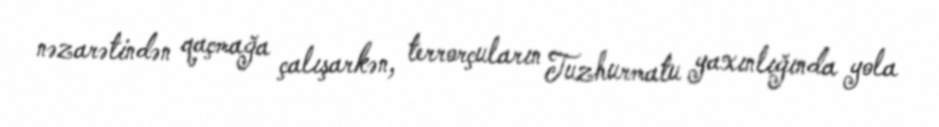
nəzarətindən qaçmağa çalışarkən, terrorçuların Tuzhurmatu yaxınlığında yola